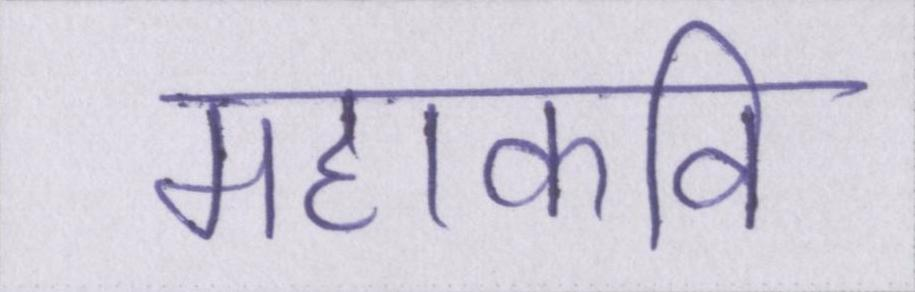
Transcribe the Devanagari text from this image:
महाकवि